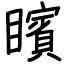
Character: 矉